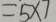
= 5 \times 7